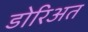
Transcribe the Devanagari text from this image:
डोरिअत